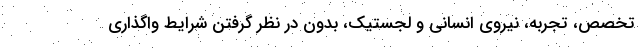
تخصص، تجربه، نیروی انسانی و لجستیک، بدون در نظر گرفتن شرایط واگذاری